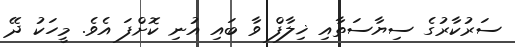
ސަރުކާރުގެ ސިޔާސަތާއި ޚިލާފް ވާ ބައި އުނި ކޮށްފަ އެވެ. މީހަކު ދޭ